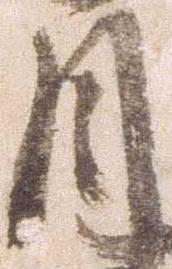
月